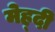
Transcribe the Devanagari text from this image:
मेह्दी